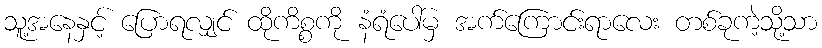
သူ့အနေနှင့် ပြောရလျှင် ထိုကိစ္စကို နံရံပေါ်မှ အက်ကြောင်းရာလေး တစ်ခုကဲ့သို့သာ